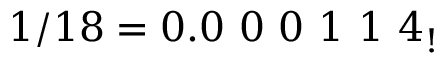
1 / 1 8 = 0 . 0 \ 0 \ 0 \ 1 \ 1 \ 4 _ { ! }